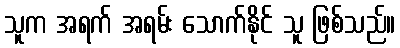
သူက အရက် အရမ်း သောက်နိုင် သူ ဖြစ်သည်။